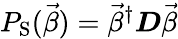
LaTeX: P_{\mathrm{S}}(\vec{\beta})=\vec{\beta}^{\dagger}\boldsymbol{D}\vec{\beta}